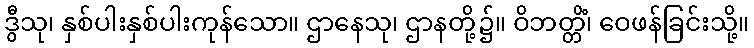
ဒွီသု၊ နှစ်ပါးနှစ်ပါးကုန်သော။ ဌာနေသု၊ ဌာနတို့၌။ ဝိဘတ္တိံ၊ ဝေဖန်ခြင်းသို့။